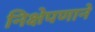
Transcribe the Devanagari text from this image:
निक्षेपणाने